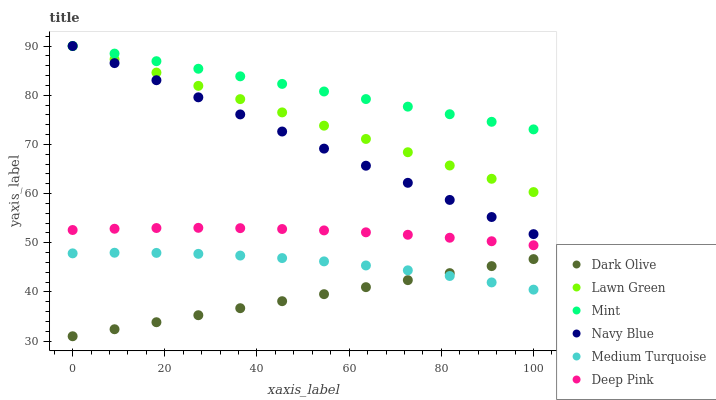
| xaxis_label | Dark Olive | Lawn Green | Mint | Navy Blue | Medium Turquoise | Deep Pink |
 | --- | --- | --- | --- | --- | --- | --- |
 | 0 | 31 | 90 | 90 | 90 | 47.9 | 52.6 |
 | 9.09 | 32.4 | 87.3 | 88.5 | 86.5 | 48 | 52.9 |
 | 18.2 | 33.9 | 84.6 | 86.9 | 83 | 47.9 | 53 |
 | 27.3 | 35.3 | 81.9 | 85.4 | 79.6 | 47.8 | 53 |
 | 36.4 | 36.7 | 79.2 | 83.8 | 76.1 | 47.4 | 53 |
 | 45.5 | 38.1 | 76.5 | 82.3 | 72.6 | 46.9 | 52.8 |
 | 54.5 | 39.6 | 73.8 | 80.8 | 69.1 | 46.2 | 52.5 |
 | 63.6 | 41 | 71.1 | 79.2 | 65.7 | 45.4 | 52.1 |
 | 72.7 | 42.4 | 68.4 | 77.7 | 62.2 | 44.4 | 51.6 |
 | 81.8 | 43.8 | 65.7 | 76.1 | 58.7 | 43.3 | 51 |
 | 90.9 | 45.3 | 63 | 74.6 | 55.2 | 41.9 | 50.3 |
 | 100 | 46.7 | 60.3 | 73.1 | 51.8 | 40.5 | 49.5 |